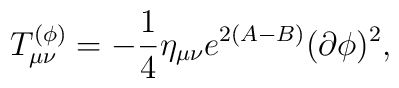
T_{\mu\nu}^{(\phi)}=-{1\over 4}\eta_{\mu\nu}e^{2(A-B)}(\partial\phi)^2,